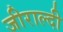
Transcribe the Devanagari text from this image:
जीराल्दी